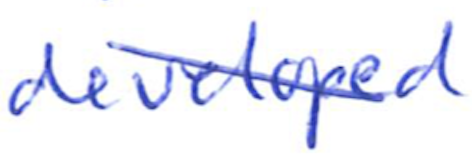
Text: developed
Cross-out: mix
Writing tool: ballpoint